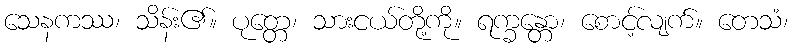
သေနကဿ၊ သိန်း၏။ ပုတ္တေ၊ သားငယ်တို့ကို။ ရက္ခန္တော၊ စောင့်လျက်။ တေသံ၊